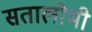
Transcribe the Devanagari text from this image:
सतालोभी